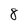
Character: 8